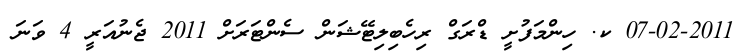
07-02-2011 ކ. ހިންމަފުށީ ޑްރަގް ރިހެބިލިޓޭޝަން ސެންޓަރަށް 2011 ޖެނުއަރީ 4 ވަނަ